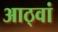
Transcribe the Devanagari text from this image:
आठ्वां